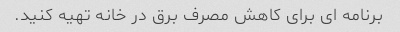
برنامه ای برای کاهش مصرف برق در خانه تهیه کنید.